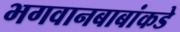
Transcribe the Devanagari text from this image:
भगवानबाबांकडे